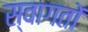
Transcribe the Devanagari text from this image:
स्वागतों